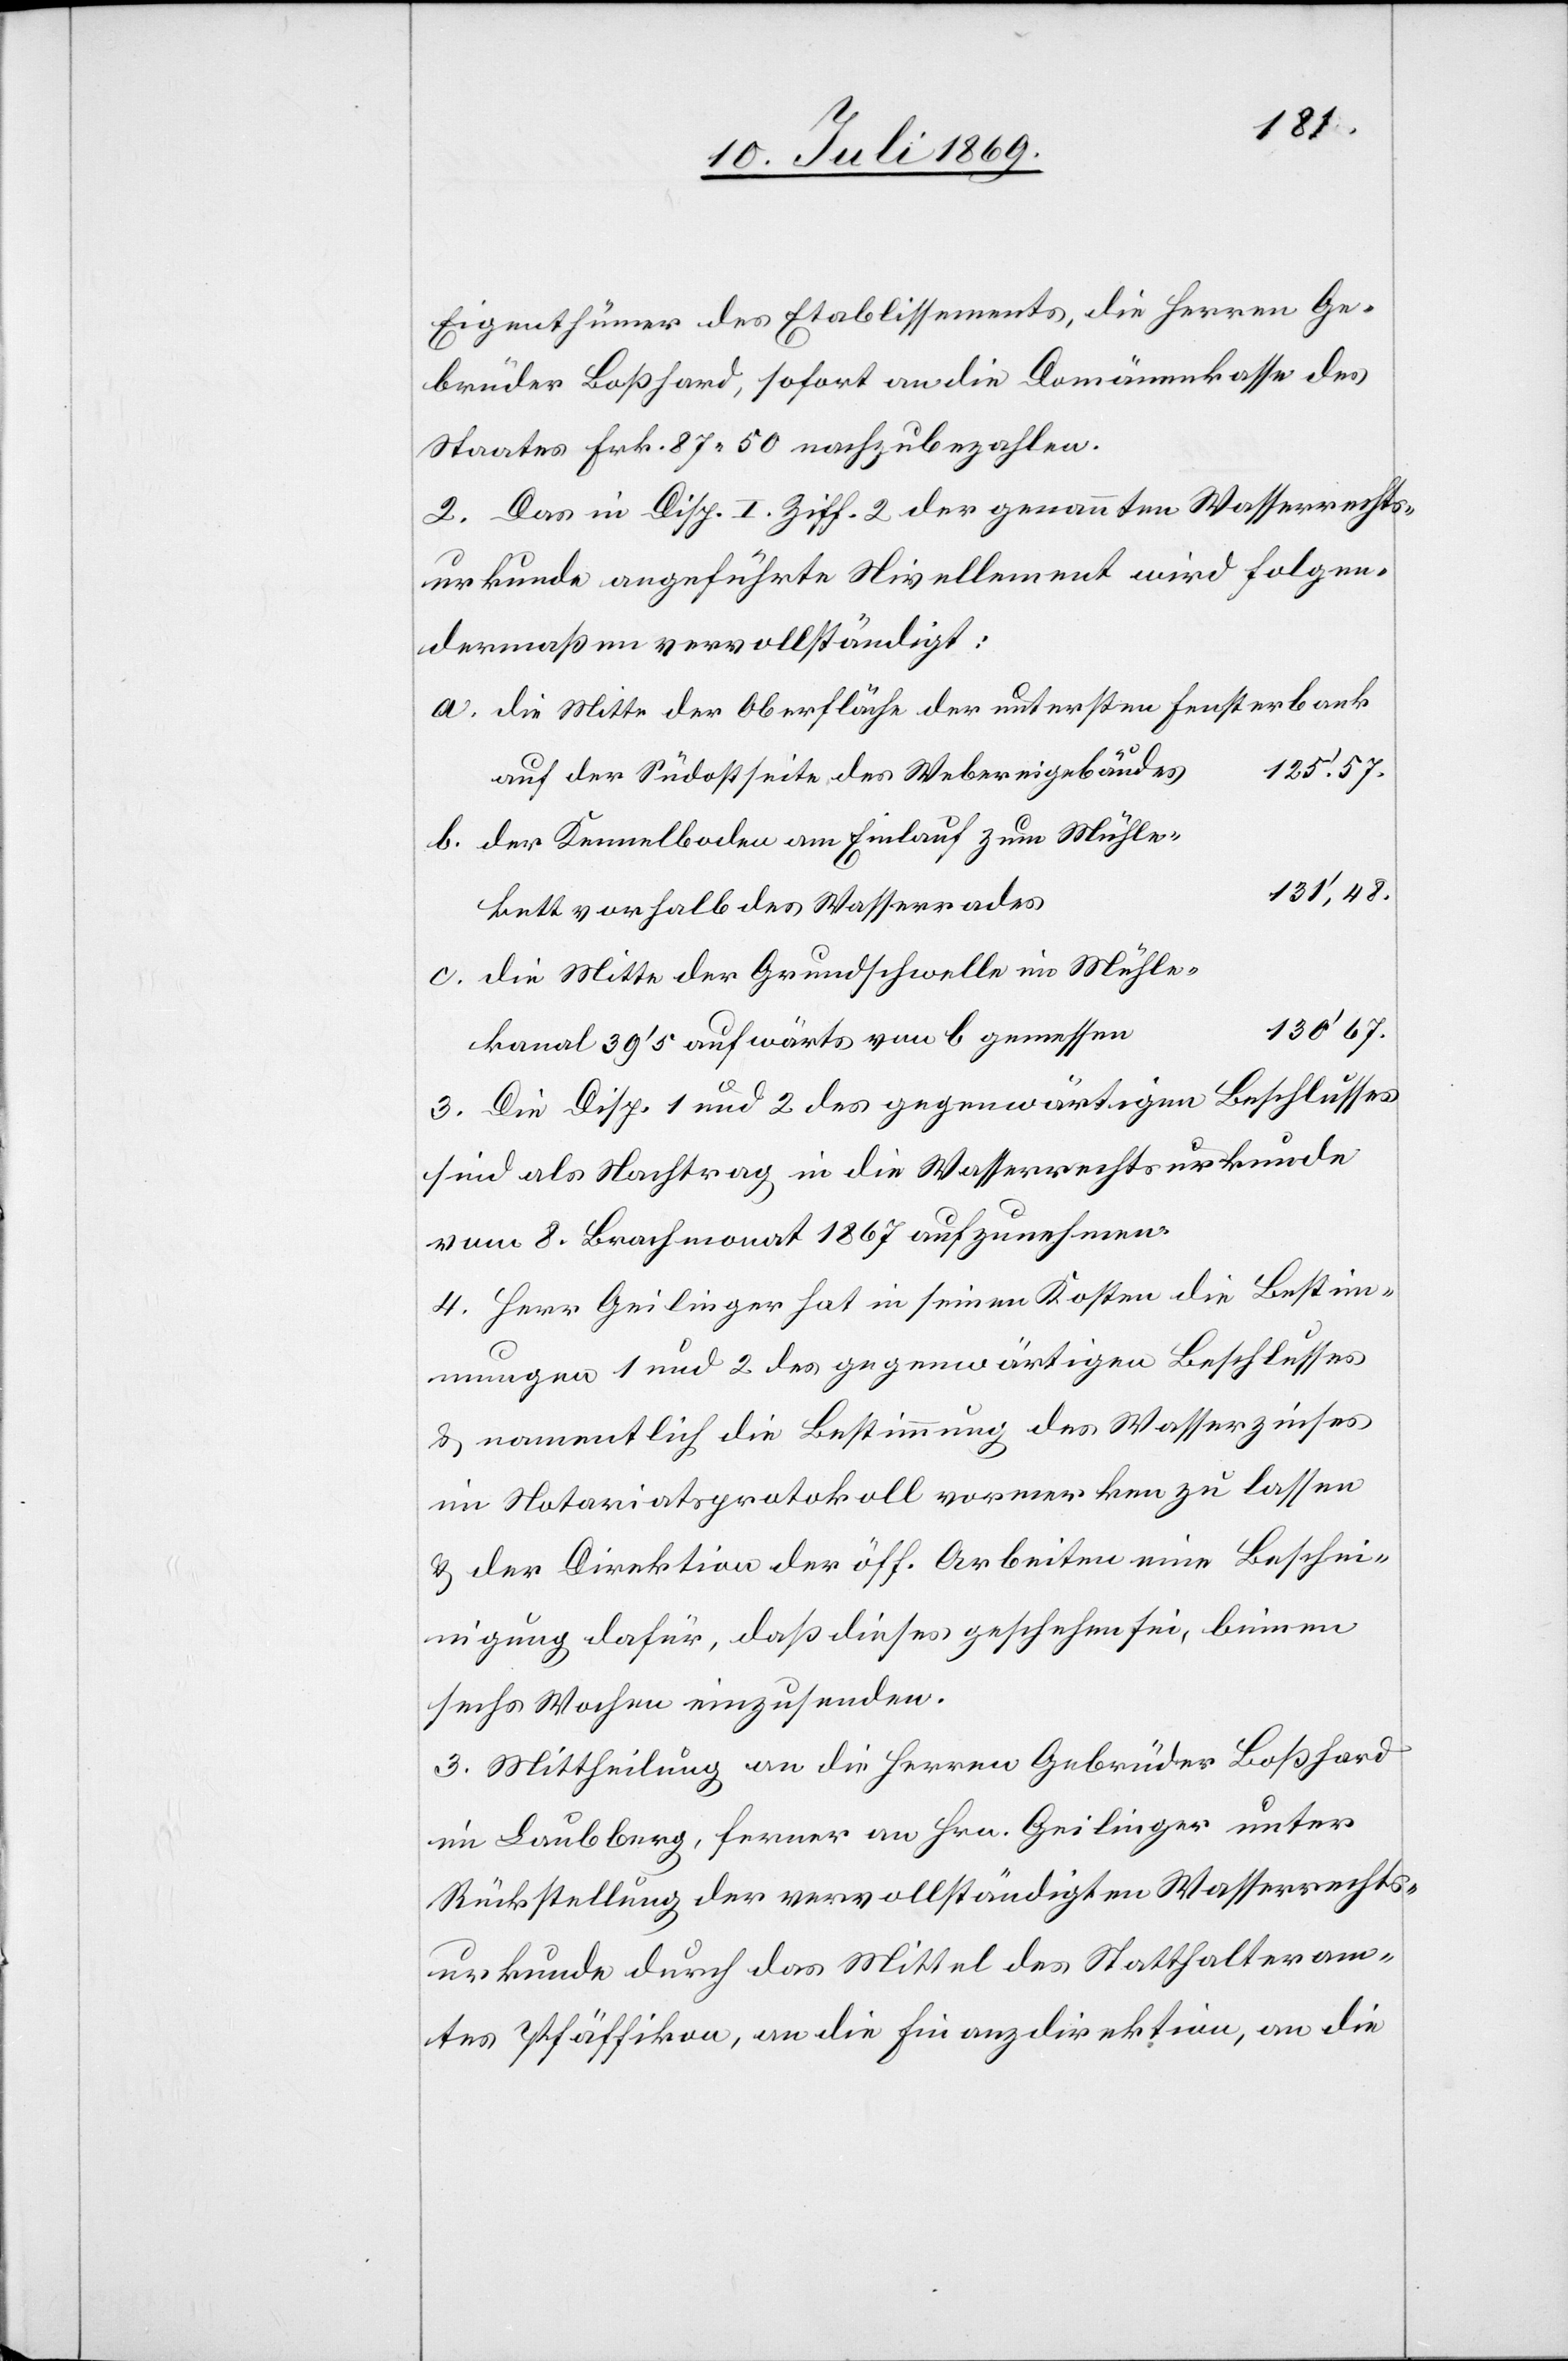
Eigenthümer das Etablissements, die Herren Ge¬
brüder Boßhard, sofort an die Domänenkasse des
Staates Frk. 87.50 nachzubezahlen.
2. Das in Disp. I Ziff. 2 der genannten Wasserrechts¬
urkunde angeführte Nivellement wird folgen¬
dermaßen vervollständigt:
a. die Mitte der Oberfläche der untersten Fensterbank
b. der Kennelboden am Einlauf zum Mühle¬
s	131’.48.
bett vorhalb des Wasserrade¬
c. die Mitte der Grundschwelle im Mühle¬
n	130’.67.
kanal 39’5 aufwärts von b gemesse¬
3. Die Disp. 1 und 2 des gegenwärtigen Beschlusses
sind als Nachtrag in die Wasserrechtsurkunde
vom 8 Brachmonat 1867 aufzunehmen.
4. Herr Geilinger hat in seinen Kosten die Bestim¬
mungen 1 und 2 des gegenwärtigen Beschlusses
u. namentlich die Bestimmung des Wasserzinses
im Notariatsprotokoll vormerken zu lassen
u. der Direktion der öff. Arbeiten eine Besche¬
inigung dafür, daß dieses geschehen sei, binnen
sechs Wochen einzusenden.
5.] Mittheilung an die Herren Gebrüder Boßhard
in Laubberg, ferner an Hrn. Geilinger unter
Rückstellung der vervollständigten Wasserrechts¬
urkunde durch das Mittel des Statthalteram¬
tes Pfäffikon, an die Finanzdirektion, an die